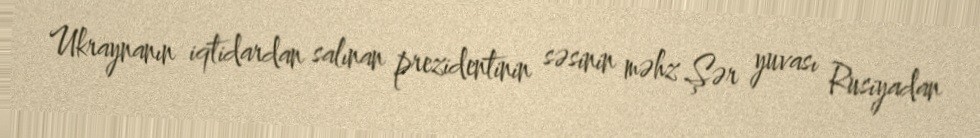
Ukraynanın iqtidardan salınan prezidentinin səsinin məhz Şər yuvası Rusiyadan